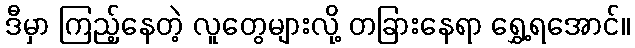
ဒီမှာ ကြည့်နေတဲ့ လူတွေများလို့ တခြားနေရာ ရွှေ့ရအောင်။